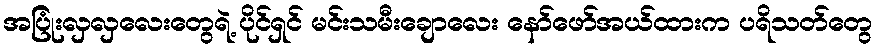
အပြုံးလှလှလေးတွေရဲ့ ပိုင်ရှင် မင်းသမီးချောလေး နော်ဖော်အယ်ထားက ပရိသတ်တွေ